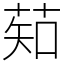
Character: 䓡